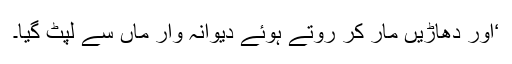
‘اور دھاڑیں مار کر روتے ہوئے دیوانہ وار ماں سے لپٹ گیا۔